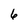
Character: 6